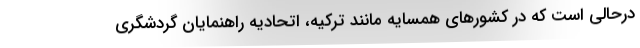
درحالی است که در کشورهای همسایه مانند ترکیه، اتحادیه راهنمایان گردشگری